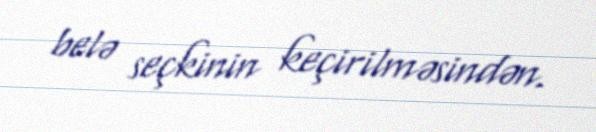
belə seçkinin keçirilməsindən.